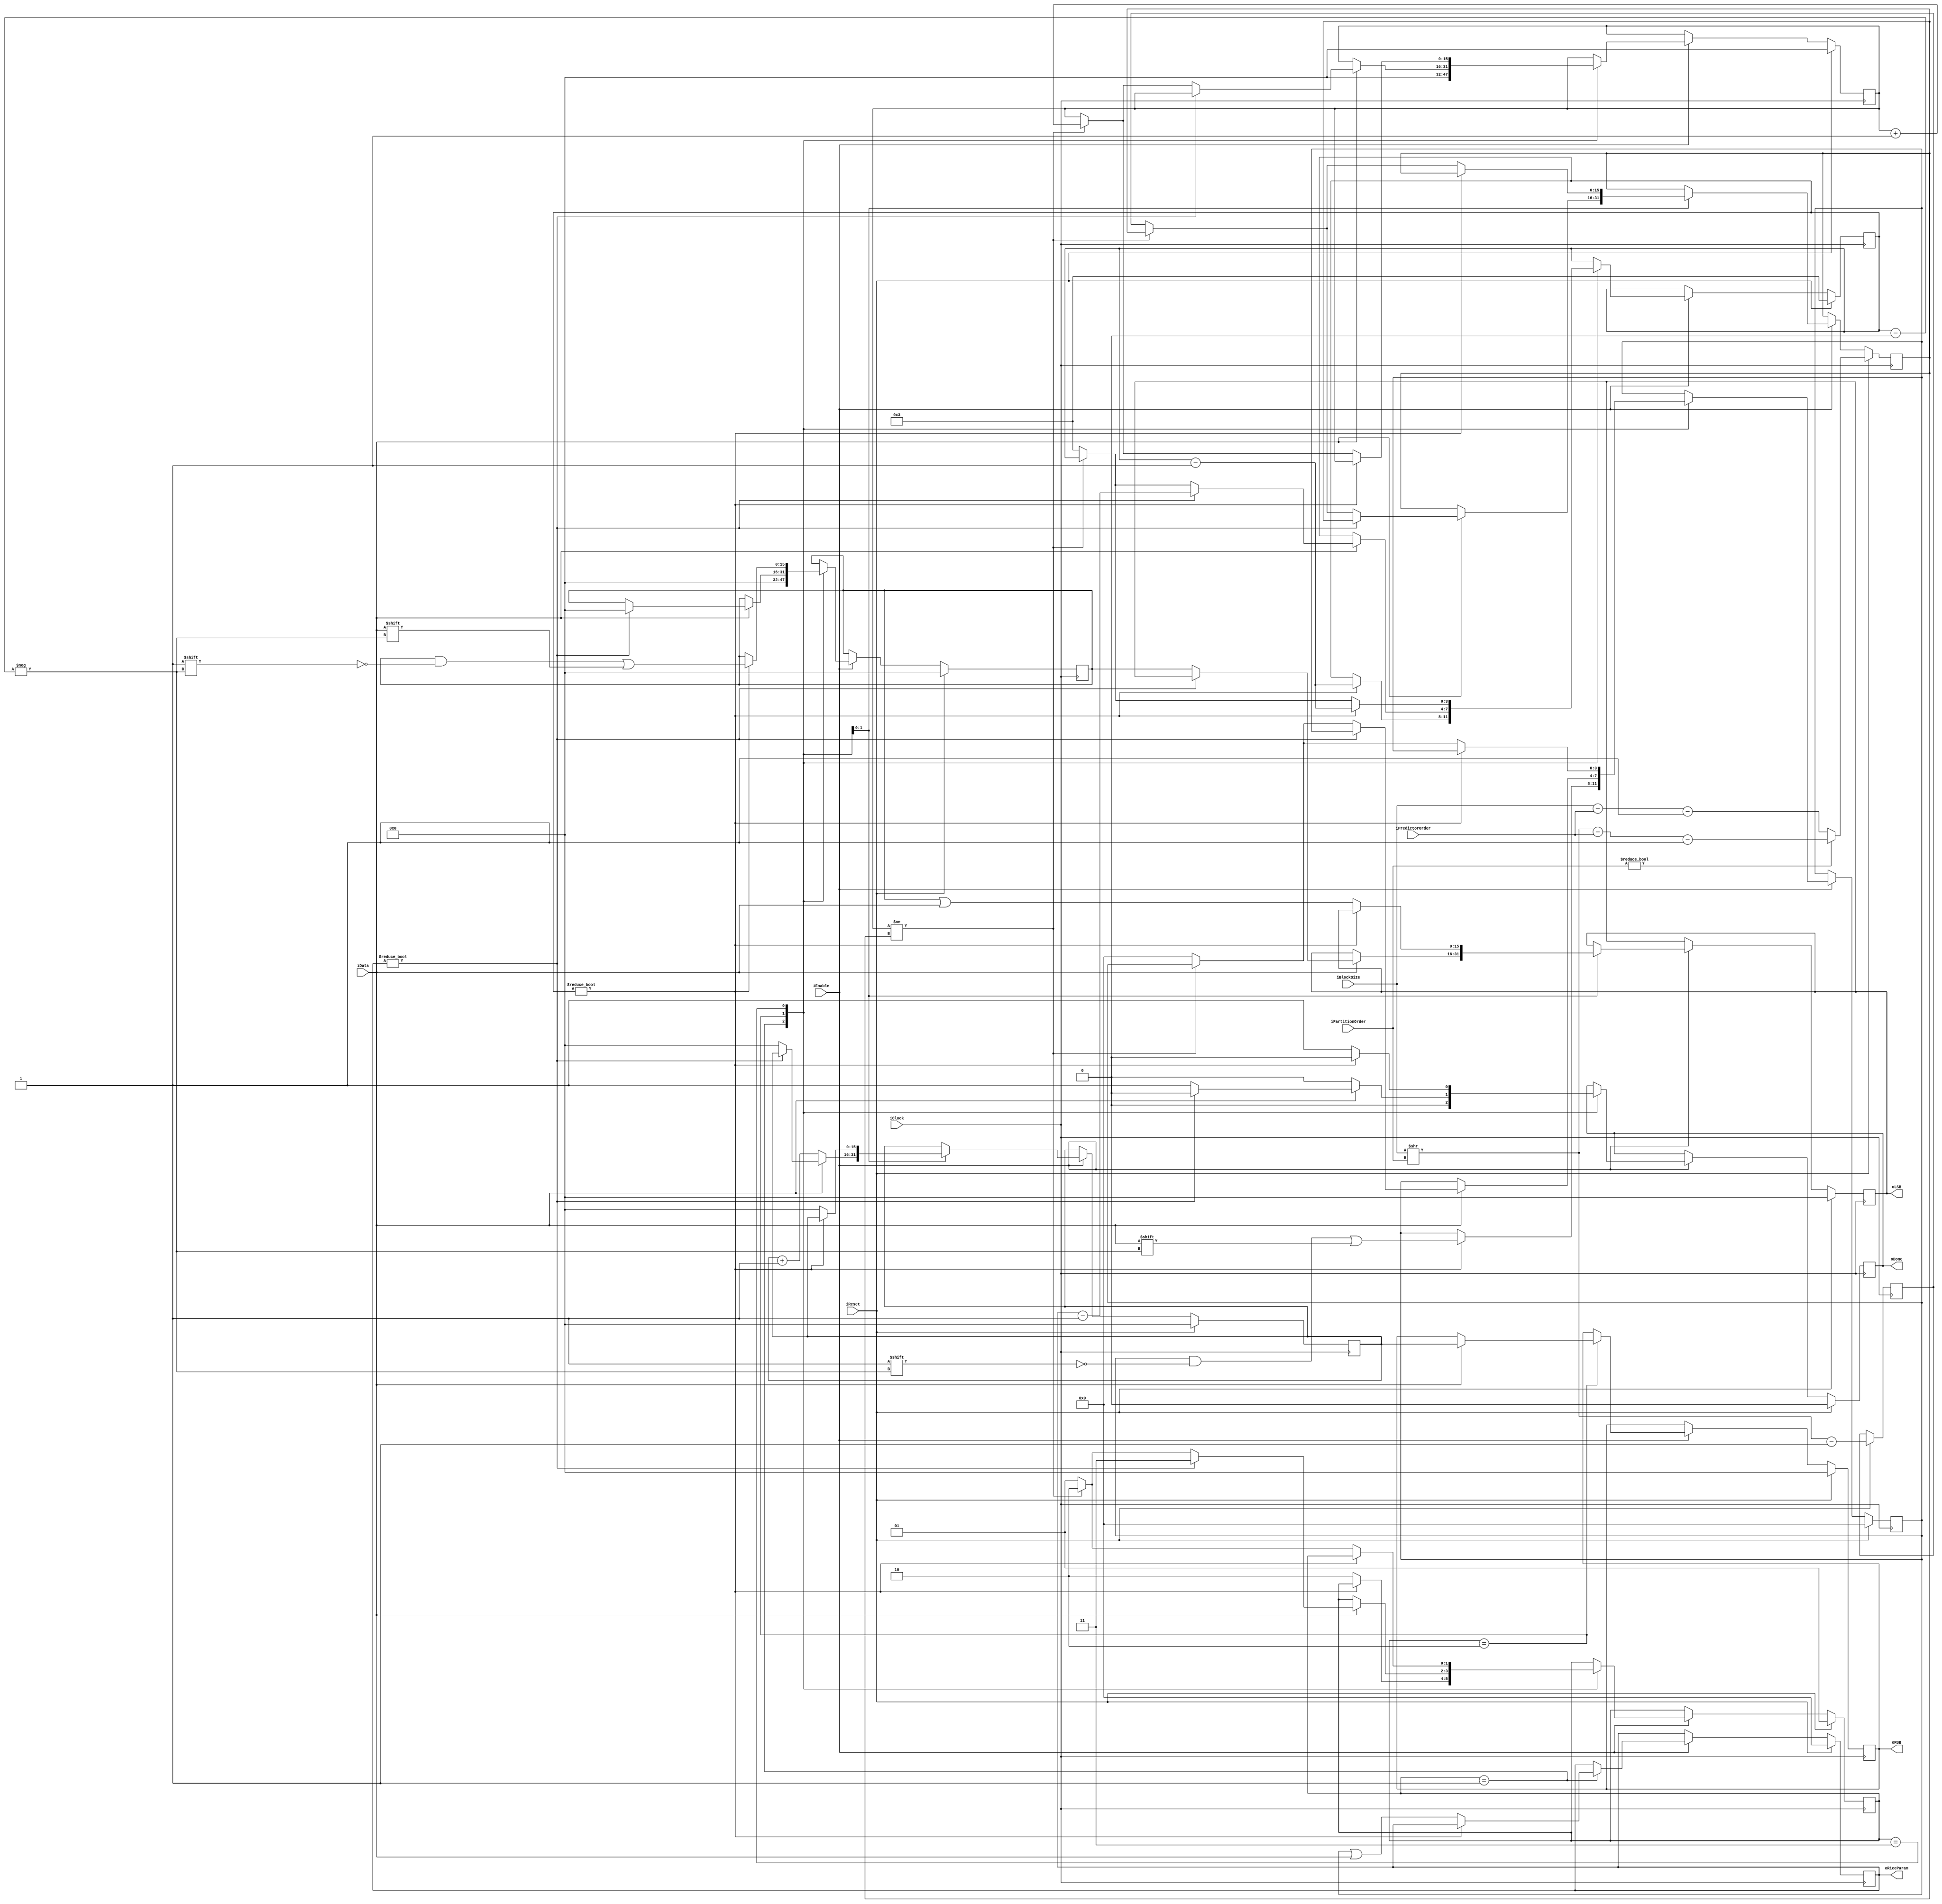
module RiceStreamReader(input iClock,
                        input iReset,
                        input iEnable,
                        input iData,
                        input [15:0] iBlockSize,
                        input [3:0] iPredictorOrder,
                        input [3:0] iPartitionOrder,
                        output reg [15:0] oMSB,
                        output reg [15:0] oLSB,
                        output reg [3:0] oRiceParam,
                        output oDone);

    /* Encoded residual. The number of samples (n) in the partition is determined as follows:

    if the partition order is zero, n = frame's blocksize - predictor order
    else if this is not the first partition of the subframe, n = (frame's blocksize / (2^partition order))
    else n = (frame's blocksize / (2^partition order)) - predictor order
    */


    /* The number of samples expected in the current partition */
    reg [15:0] expected_samples;
    /* Used to precompute the typical partition size for this residual */
    reg [15:0] typical_part_size;
    /* The number of samples that have been seen in the current partition */
    reg [15:0] sample_count;
    /* The bits remaining to be read in either the LSBs or the rice parameter*/
    reg [3:0] bits_remaining;
    
    /* The intermediate MSBs, LSBs and Rice Parameter*/
    reg [15:0] procMSBs, procLSBs;
    reg [3:0] procRiceParam;

    /* The current state */
    reg [1:0] state;
    reg done;
    
    /* States */
    parameter IDLE = 2'b00, RICE_PARAMETER = 2'b01, UNARY = 2'b10, REMAINDER = 2'b11;
            
    assign oDone = done;

    always @(posedge iClock) begin
        if (iReset) begin
            state <= RICE_PARAMETER;
            bits_remaining <= 4'd3;
                
            expected_samples <= iPartitionOrder ? (iBlockSize >> iPartitionOrder) - iPredictorOrder - 1'b1 : iBlockSize - iPredictorOrder - 1'b1;
            typical_part_size <= (iBlockSize >> iPartitionOrder) - 1'b1;
            sample_count <= 16'b0;

            done <= 1'b0;
        
            procLSBs <= 16'b0;
            procMSBs <= 16'b0;
            procRiceParam <= 4'b0;
            
            oRiceParam <= 4'b0;
            oMSB <= 16'b0;
            oLSB <= 16'b0;
            
        end else if (iEnable) begin
            case (state)
                RICE_PARAMETER:
                    begin 
                        done <= 1'b0;
                        sample_count <= 16'b0;
                        
                        procLSBs <= 1'b0;
                        
                        if (bits_remaining != 4'b0) begin
                            procRiceParam[bits_remaining] <= iData;
                            bits_remaining <= bits_remaining - 1'b1;
                        end else begin
                            oRiceParam <= procRiceParam | iData;
                            state <= UNARY;
                        end
                    end
                        
                UNARY:
                    begin
                        done <= 1'b0;
                        if (iData == 1'b0) begin // Count the 0s not 1s...
                            procMSBs <= procMSBs + 1'b1;
                        end else begin
                            oMSB <= procMSBs;
                            
                            /* If the RiceParam is zero, this means there is no 
                               remainder part, and we need to handle outputting the MSBs
                               and jumping back to read rice param as necessary */
                            if (oRiceParam != 0) begin
                                bits_remaining <= oRiceParam - 1'b1;
                                procLSBs <= 1'b0;
                                state <= REMAINDER;
                            end else begin
                                procMSBs <= 16'b0;
                                oLSB <= procLSBs;
                                done <= 1'b1;
                                if (sample_count != expected_samples) begin
                                    state <= UNARY;
                                    sample_count <= sample_count + 1'b1;
                                end else begin 
                                    state <= RICE_PARAMETER;
                                    procRiceParam <= 4'b0;
                                    bits_remaining <= 4'd3;
                                    expected_samples <= typical_part_size;
                                end
                            end
                        end
                    end
                
                REMAINDER:
                    begin
                        done <= 1'b0;
                        
                        if (bits_remaining != 4'b0) begin
                            procLSBs[bits_remaining] <= iData;
                            bits_remaining <= bits_remaining - 1'b1;
                        end else begin
                            procMSBs <= 16'b0;
                            oLSB <= procLSBs | iData;
                            done <= 1'b1;
                            
                            if (sample_count != expected_samples) begin
                                state <= UNARY;
                                sample_count <= sample_count + 1'b1;
                            end else begin
                                state <= RICE_PARAMETER;
                                procRiceParam <= 4'b0;
                                bits_remaining <= 4'd3;
                                expected_samples <= typical_part_size;
                            end
                        end
                    end 
                    
            endcase
        end
    end
    
endmodule